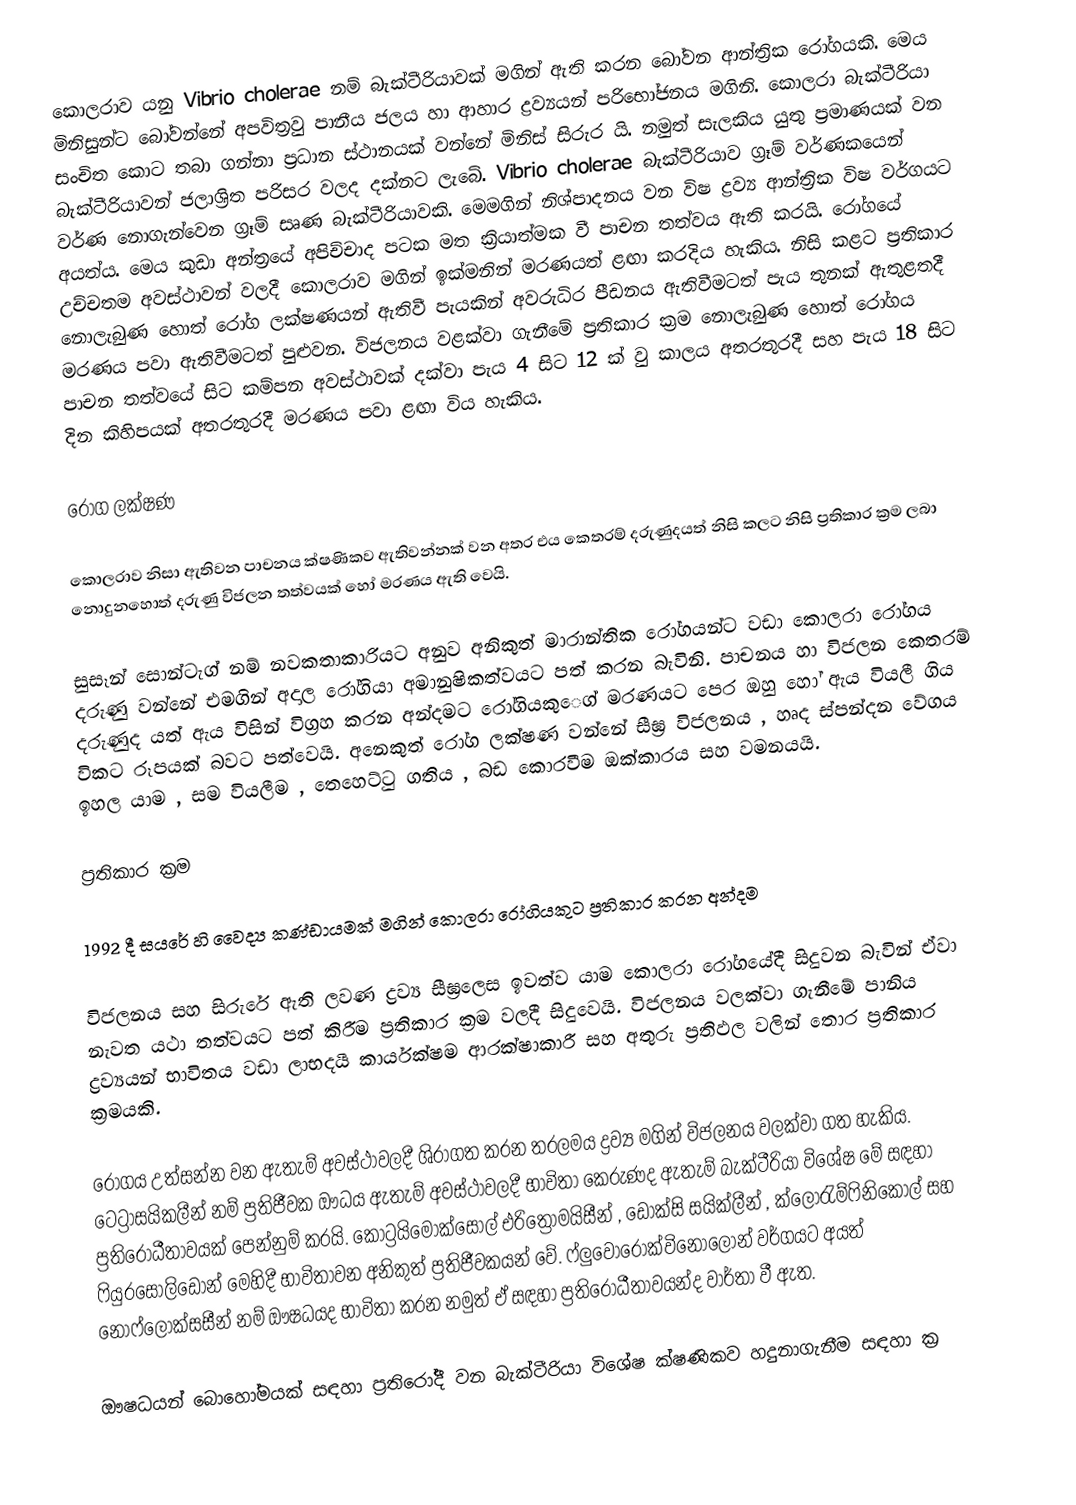
කොලරාව යනු Vibrio cholerae නම් බැක්ටීරියාවක් මගින් ඇති කරන බෝවන ‍ආන්ත්‍රික රෝගයකි. මෙය මිනිසුන්ට බෝවන්නේ අපවිත්‍රවු පානීය ජලය හා ආහාර ද්‍රව්‍යයන් පරිභෝජනය මගිනි. කොලරා බැක්ටීරියා සංචිත කොට තබා ගන්නා ප්‍රධාන ස්ථානයක් වන්නේ මිනිස් සිරුර යි. නමුත් සැලකිය යුතු ප්‍රමාණයක් වන බැක්ටීරියාවන් ජලාශ්‍රිත පරිසර වලද දක්නට ලැබේ.  Vibrio cholerae  බැක්ටීරියාව ග්‍රෑම් වර්ණකයෙන් වර්ණ නොගැන්වෙන ග්‍රෑම් සෘණ බැක්ටීරියාවකි.  මෙමගින්  නිශ්පාදනය වන විෂ ද්‍රව්‍ය ආන්ත්‍රික විෂ වර්ගයට අයත්ය. මෙය කුඩා අන්ත්‍රයේ අපිච්චාද පටක මත ක්‍රියාත්මක වී පාචන තත්වය ඇති කරයි. රෝගයේ උච්චතම අවස්ථාවන් වලදී කොලරාව මගින් ඉක්මනින් මරණයත් ළඟා කරදිය හැකිය. නිසි කළට ප්‍රතිකාර නොලැබුණ හොත් රෝග ලක්ෂණයන් ඇතිවී පැයකින් අවරුධිර පීඩනය ඇතිවීම‍ටත් පැය තුනක් ඇතුළතදී මරණය පවා ඇතිවීමටත් පුළුවන. විජලනය වළක්වා ගැනීමේ ප්‍රතිකාර ක්‍රම ‍නොලැබුණ හොත් රෝගය පාචන තත්වයේ සිට කම්පන අවස්ථාවක් දක්වා පැය 4 සිට 12 ක් වු කාලය අතරතුරදී සහ පැය 18 සිට දින කිහිපයක් අතරතුරදී මරණය පවා ළඟා විය හැකිය.

රෝග ලක්ෂණ

කොලරාව නිසා ඇතිවන පාචනය ක්ෂණිකව ඇතිවන්නක් වන අතර එය කෙතරම් දරුණුදයත් නිසි කලට නිසි ප්‍රතිකාර ක්‍රම ලබා නොදුනහොත් දරුණු විජලන තත්වයක් හෝ මරණය ඇති වෙයි.

සුසෑන් සොන්ටැග් නම් නවකතාකාරියට අනුව අනිකුත් මාරාන්තික රෝගයන්ට වඩා කොලරා රෝගය දරුණු වන්නේ එමගින් අදාල රෝගියා අමානුෂිකත්වයට පත් කරන බැවිනි. පාචනය හා විජලන කෙතරම් දරුණුද යත් ඇය විසින් විග්‍රහ කරන අන්දමට රෝගියකු‍ෙග් මරණයට පෙර ඔහු හෝ ඇය වියලී ගිය විකට රූපයක් බවට පත්වෙයි. අනෙකුත් රෝග ලක්ෂණ වන්නේ සීඝ්‍ර ‍විජලනය , හෘද ස්පන්දන වේගය ඉහල යාම , සම වියලීම , තෙහෙට්ටු ගතිය , බඩ කොරවීම ඔක්කාරය සහ  වමනයයි.

ප්‍රතිකාර ක්‍රම

1992 දී සයරේ හි වෛද්‍ය කණ්ඩායමක් මගින් කොලරා රෝගියකුට ප්‍රතිකාර කරන අන්දම

විජලනය සහ සිරුරේ ඇති ලවණ ද්‍රව්‍ය සීඝ්‍රලෙස ඉවත්ව යාම ‍කොලරා රෝගයේදී සිදුවන බැවින් ඒවා නැවත යථා තත්වයට පත් කිරීම ප්‍රතිකාර ක්‍රම වලදී සිදුවෙයි. විජලනය වලක්වා ගැනීමේ පානිය ද්‍රව්‍යයන් භාවිතය වඩා ලාභදයී කාර්යක්ෂම ආරක්ෂාකාරී සහ අතුරු ප්‍රතිඵල වලින් තොර ප්‍රතිකාර ක්‍රමයකි.

රෝගය උත්සන්න වන ඇතැම් අවස්ථාවලදී ශිරාගත කරන තරලමය ද්‍රව්‍ය මගින් විජලනය වලක්වා ගත හැකිය. ටෙට්‍රාසයිකලීන් නම් ප්‍රතිජීවක ඔ‍ෟධය ඇතැම් අවස්ථාවලදී භාවිතා කෙරුණද ඇතැම් බැක්ටීරියා විශේෂ මේ සඳහා ප්‍රතිරෝධීතාවයක් පෙන්නුම් කරයි. කෝට්‍රයිමොක්සෝල් එරිත්‍රොමයිසීන් , ඩොක්සි සයික්ලීන් , ක්ලෝ‍රැම්ෆිනිකෝල් සහ ෆියුරසොලිඩෝන් මෙහිදී භාවිතාවන අනිකුත් ප්‍රතිජීවකයන් වේ. ෆ්ලුවොරොක්විනොලෝන් වර්ගයට අයත් නොෆ්ලොක්සසීන් නම් ඖෂධයද භාවිතා කරන නමුත් ඒ සඳහා ප්‍රතිරෝධීතාවයන්ද වාර්තා වී ඇත.

ඖෂධයන් ‍බොහෝමයක් සඳහා ප්‍රතිරෝදී වන බැක්ටීරියා විශේෂ ක්ෂණිකව හදුනාගැනීම සඳහා ක්‍ර